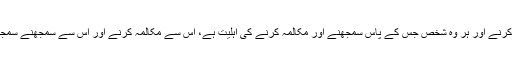
قرآن کریم نے انسان کو خطاب کرنے اور ہر وہ شخص جس کے پاس سمجھنے اور مکالمہ کرنے کی اہلیت ہے، اس سے مکالمہ کرنے اور اس سے سمجھنے سمجھانے پر مکمل انحصار کیا ہے۔